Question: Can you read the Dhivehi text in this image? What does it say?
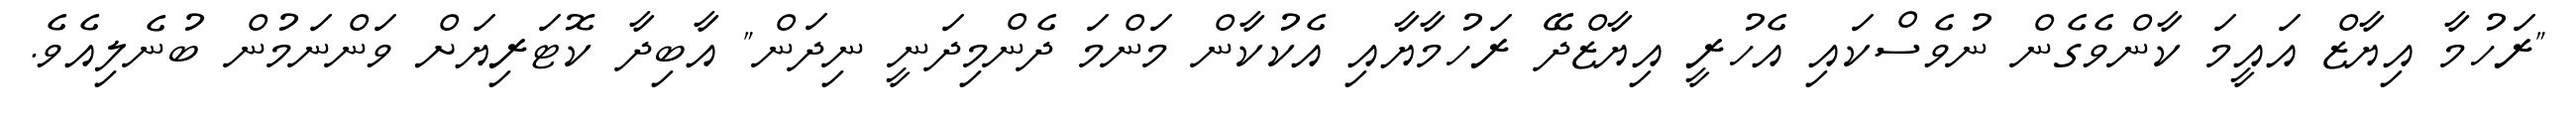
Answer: "ރަހުމާ އިޔާޒް އައީމަ ކާންވެގެން ނުވެސްކައި އެހުރީ އިޔާޒްދޭ ރަހުމާޔާއި އެކުކާން މަންމަ ދެންމިދަނީ ނިދަން" އާބިދާ ކޮޓަރިޔަށް ވަންނަމުން ބުނެލިއެވެ.